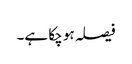
فیصلہ ہو چکا ہے۔